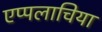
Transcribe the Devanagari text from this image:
एप्पलाचिया